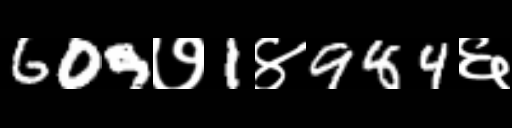
Text: 609७1४984६